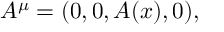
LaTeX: A ^ { \mu } = ( 0 , 0 , A ( x ) , 0 ) ,